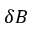
\delta \boldsymbol { B }